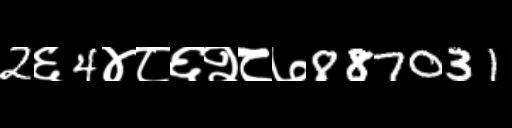
Text: 2६4४८६२८७887031